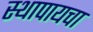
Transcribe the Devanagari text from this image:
स्थापायचा